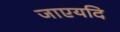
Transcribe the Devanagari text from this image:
जाएयदि